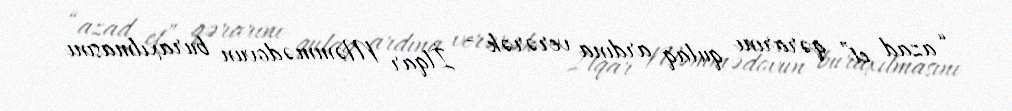
“azad et” qərarını qulaq ardına verərək - İlqar Məmmədovun buraxılmasını